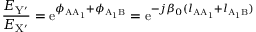
\frac { E _ { \mathrm { Y } ^ { \prime } } } { E _ { \mathrm { X } ^ { \prime } } } = \mathrm { e } ^ { \phi _ { \mathrm { A A _ { 1 } } } + \phi _ { \mathrm { A _ { 1 } B } } } = \mathrm { e } ^ { - j \beta _ { 0 } ( l _ { \mathrm { A A _ { 1 } } } + l _ { \mathrm { A _ { 1 } B } } ) }